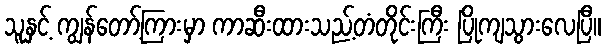
သူနှင့် ကျွန်တော့်ကြားမှာ ကာဆီးထားသည့်တံတိုင်းကြီး ပြိုကျသွားလေပြီ။